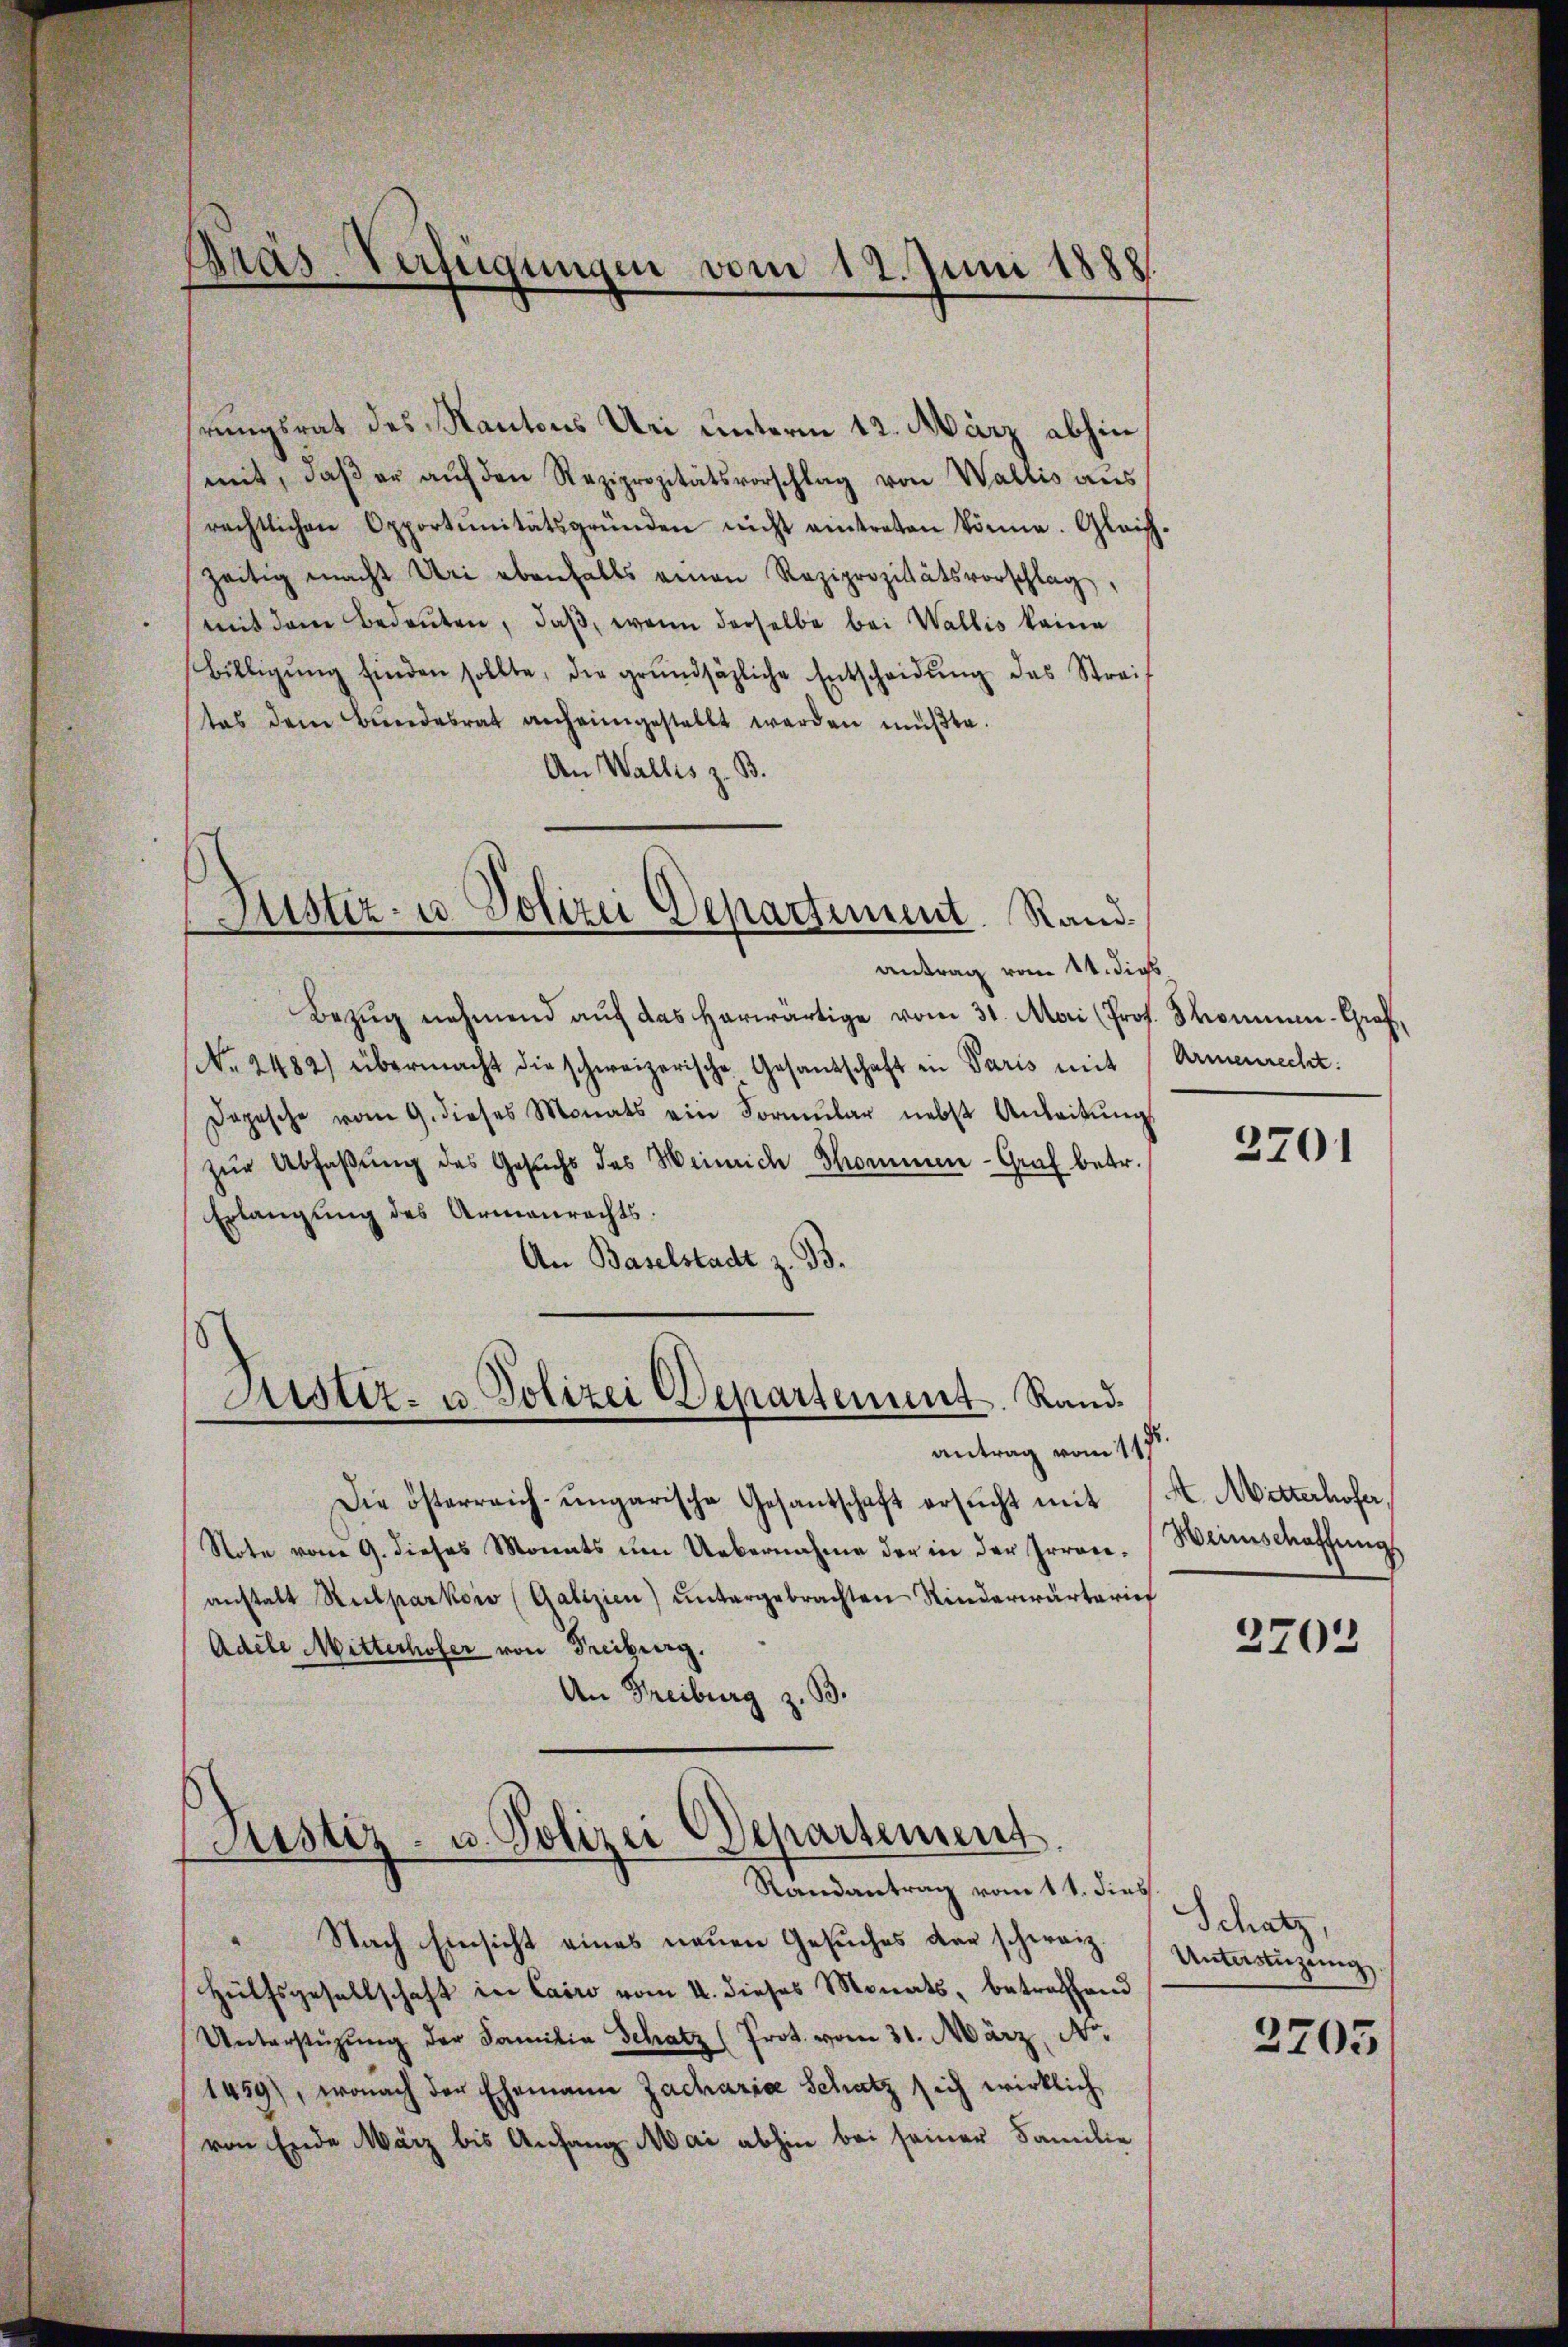
Pras-Verfügungen vom 12. Juni 188

rungsrat des Kantons Uri unterm 12. März abhin
mit, daβ er aŭf den Reziprozitätsvorschlag von Wallis aŭs
rechtlichen Opportŭnitätsgründen nicht eintreten könne. Gleichzeitig macht Uri ebenfalls einen Reziprozitätsvorschlag,
mit dem Bedeuten, daβ, wenn derselbe bei Wallis keine
Billigŭng finden sollte, die grŭndsätzliche Entscheidŭng des Strei-
tas dem Bŭndesrat anheimgestellt werden müβte.
An Wallis z. B.
Luster- u. Polizei Departement. Rand

antrag vom 14. dies
Bezug nehmend auf das herwärtige vom 31. Mai (Prof. Sommen-Graf,
No. 2482) übermacht die schweizerische Gesandschaft in Paris mit
Depesche vom 9. dieses Monats ein Formŭlar nebst Anleitŭng
zŭr Abfaβŭng des Gesuchs des Weinrich Sommen-Graf betr.
Erlangung des Armenrechts.
An Baselstadt z. B.
Mister- u. Polizei Departement. Randantrag vom 117
Die österreich-ungarische Gesantschaft ersŭcht mit
Note vom 9. dieses Monats um Uebernahme der in der Irrenanstalt Ruckparkow (Galizien) untergebrachten Rinderwärterief
Adele Mitterhofer von Freiburg.
An Freiburg z. B.

Justiz- u. Polizei Departement.
Randantrag vom 11. dies

Nach Einsicht eines neuen Gesuches der schweiz.
Hülfsgesellschaft in Cairo vom 4. dieses Monats, betreffend
Unterstützŭng der Familia Schatz (Prot. vom 31. März, N.
1459), wonach der Ehemann Zacharia Schatz sich wirklich
von Ende März bis Anfang Mai abhin bei seiner Familie

Armenrecht.

2201

A. Mitterhofer,
Weinschaffung

2703

Schatz
Unterstüzung

2705